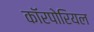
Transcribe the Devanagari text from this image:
कॉरपोरियल